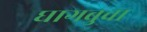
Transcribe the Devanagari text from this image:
घागबुवा